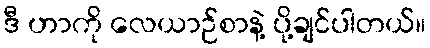
ဒီ ဟာကို လေယာဉ်စာနဲ့ ပို့ချင်ပါတယ်။